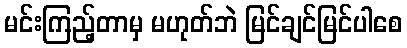
မင်းကြည့်တာမှ မဟုတ်ဘဲ မြင်ချင်မြင်ပါစေ